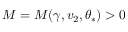
M = M ( \gamma , v _ { 2 } , \theta _ { * } ) > 0